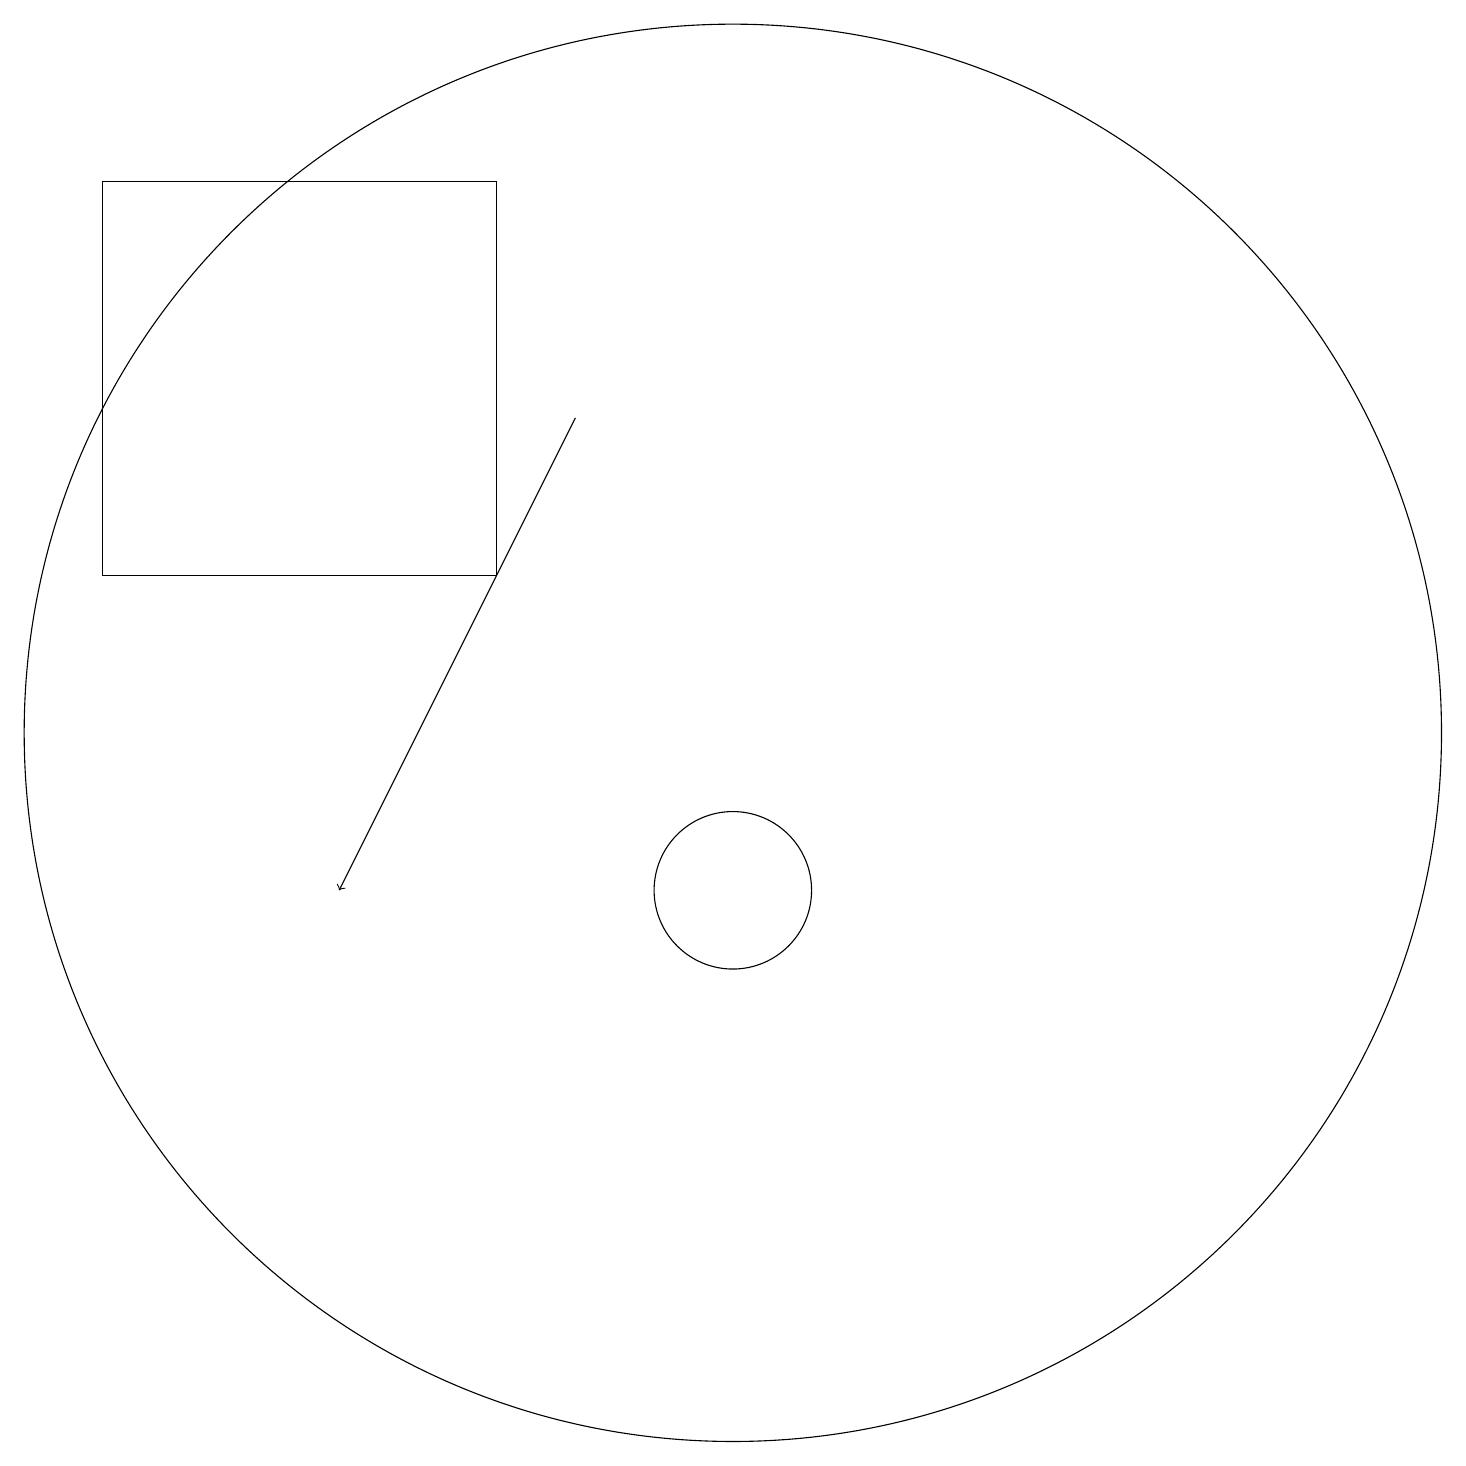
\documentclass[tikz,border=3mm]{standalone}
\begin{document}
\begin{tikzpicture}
\draw (7,19) rectangle (2,14);
\draw (10,12) circle (9);
\draw[->] (8,16) -- (5,10);
\draw (10,10) circle (1);
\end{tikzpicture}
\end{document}